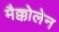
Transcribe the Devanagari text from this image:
मैक्कोलेन